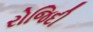
રોજિદી